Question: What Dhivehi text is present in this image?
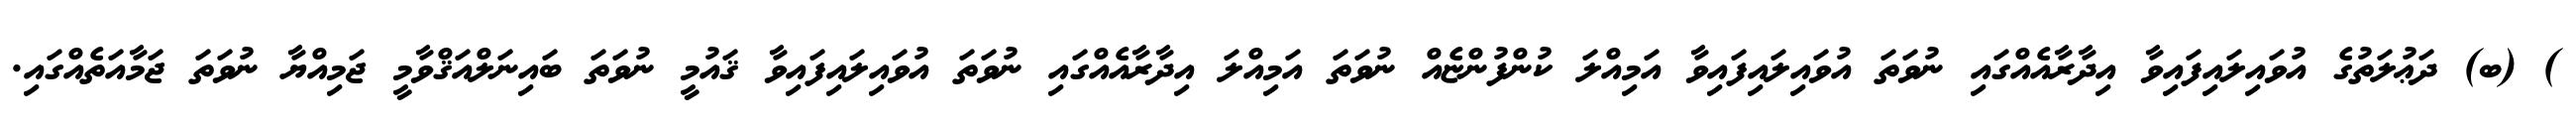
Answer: ) (ބ) ދަޢުލަތުގެ އުވައިލައިފައިވާ އިދާރާއެއްގައި ނުވަތަ އުވައިލައިފައިވާ އަމިއްލަ ކުންފުންޏެއް ނުވަތަ އަމިއްލަ އިދާރާއެއްގައި ނުވަތަ އުވައިލައިފައިވާ ޤައުމީ ނުވަތަ ބައިނަލްއަޤްވާމީ ޖަމިއްޔާ ނުވަތަ ޖަމާއަތެއްގައި.